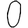
Digit: 0